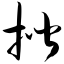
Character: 揩